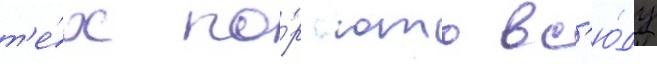
т'е́х по́р юто вс'ю́ду